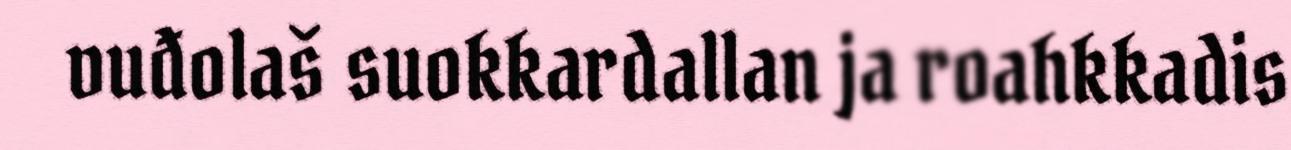
vuđolaš suokkardallan ja roahkkadis